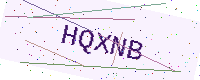
Text: HQXNB